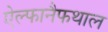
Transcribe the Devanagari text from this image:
ऐल्फानैफथाल